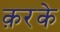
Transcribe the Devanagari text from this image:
क़रके